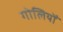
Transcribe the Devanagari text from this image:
गोलियोँ